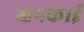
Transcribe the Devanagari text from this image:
खनकाई